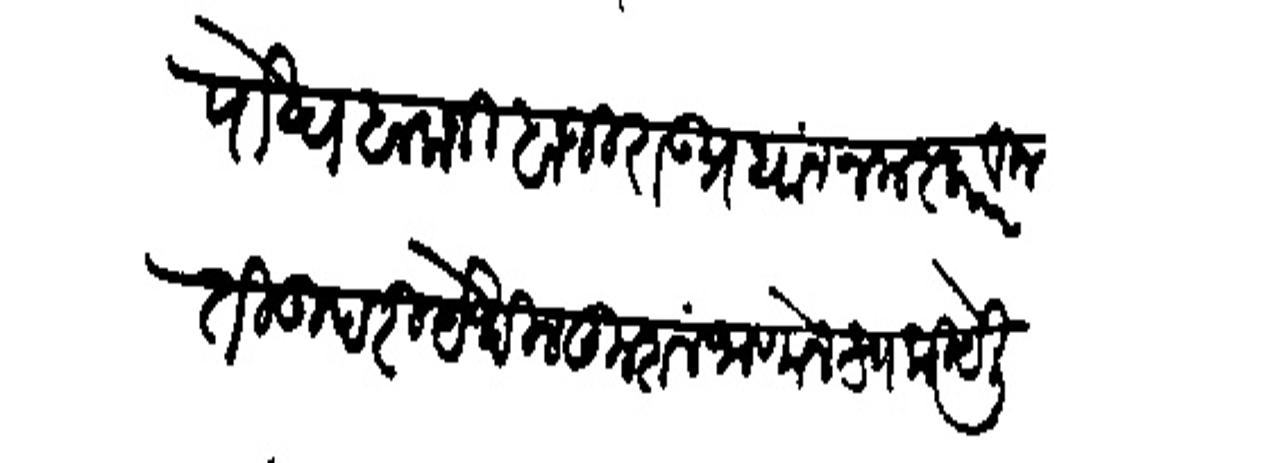
Transliteration (Devanagari): पोष्य बालाजी बाजीराक प्रधान नमस्कार विनंती उपरी पेथील कुशल जाणोन स्वकीये लिहित